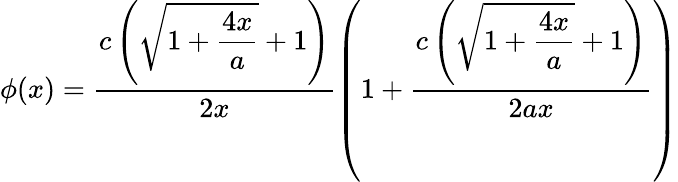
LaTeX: \phi(x)=\frac{\displaystyle c\left(\sqrt{1+\frac{4x}{a}}+1\right)}{\displaystyle 2x}\left(1+\frac{\displaystyle c\left(\sqrt{1+\frac{4x}{a}}+1\right)}{\displaystyle 2ax}\right)